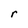
Character: r